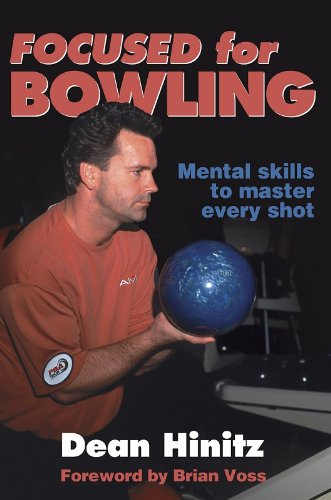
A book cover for Focused for Bowling; Dean Hinitz; Sports & Outdoors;